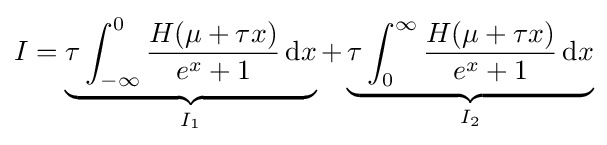
I=\underbrace {\tau \int _{-\infty }^{0}{\frac {H(\mu +\tau x)}{e^{x}+1}}\,\mathrm {d} x} _{I_{1}}+\underbrace {\tau \int _{0}^{\infty }{\frac {H(\mu +\tau x)}{e^{x}+1}}\,\mathrm {d} x} _{I_{2}}